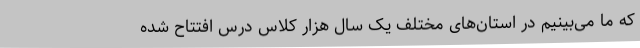
که ما می‌بینیم در استان‌های مختلف یک سال هزار کلاس درس افتتاح شده